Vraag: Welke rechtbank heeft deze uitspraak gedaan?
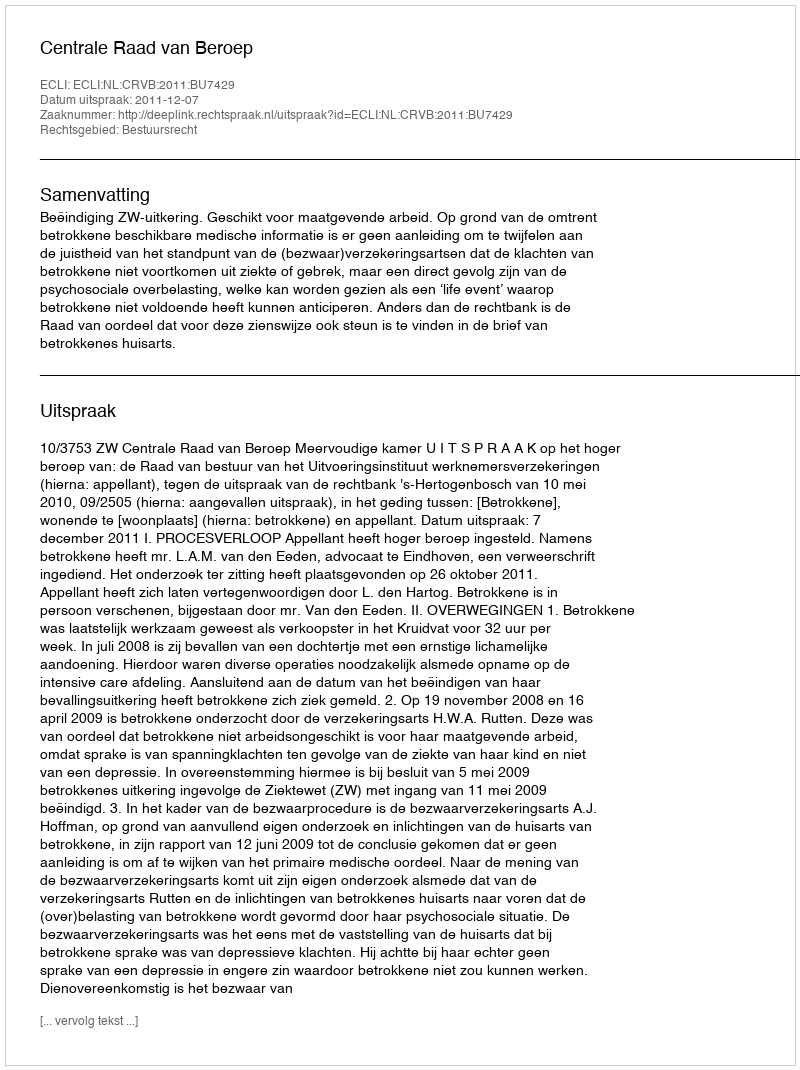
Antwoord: Centrale Raad van Beroep